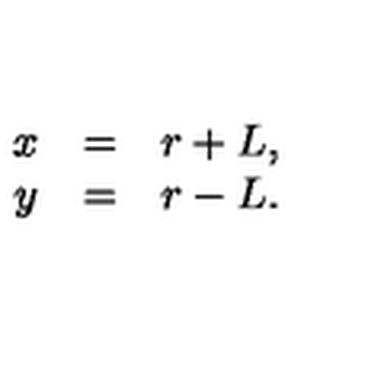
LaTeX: \begin{array} { r c l } { x } & { = } & { r + L , } \\ { y } & { = } & { r - L . } \\ \end{array}